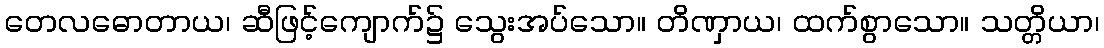
တေလဓောတာယ၊ ဆီဖြင့်ကျောက်၌ သွေးအပ်သော။ တိဏှာယ၊ ထက်စွာသော။ သတ္တိယာ၊